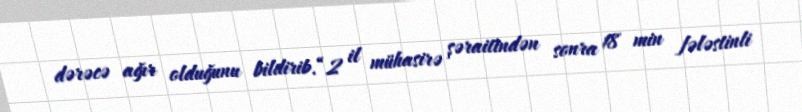
dərəcə ağır olduğunu bildirib.“2 il mühasirə şəraitindən sonra 18 min fələstinli